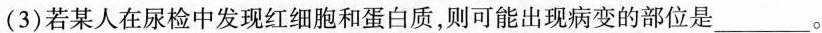
(3)若某人在尿检中发现红细胞和蛋白质，则可能出现病变的部位是___。